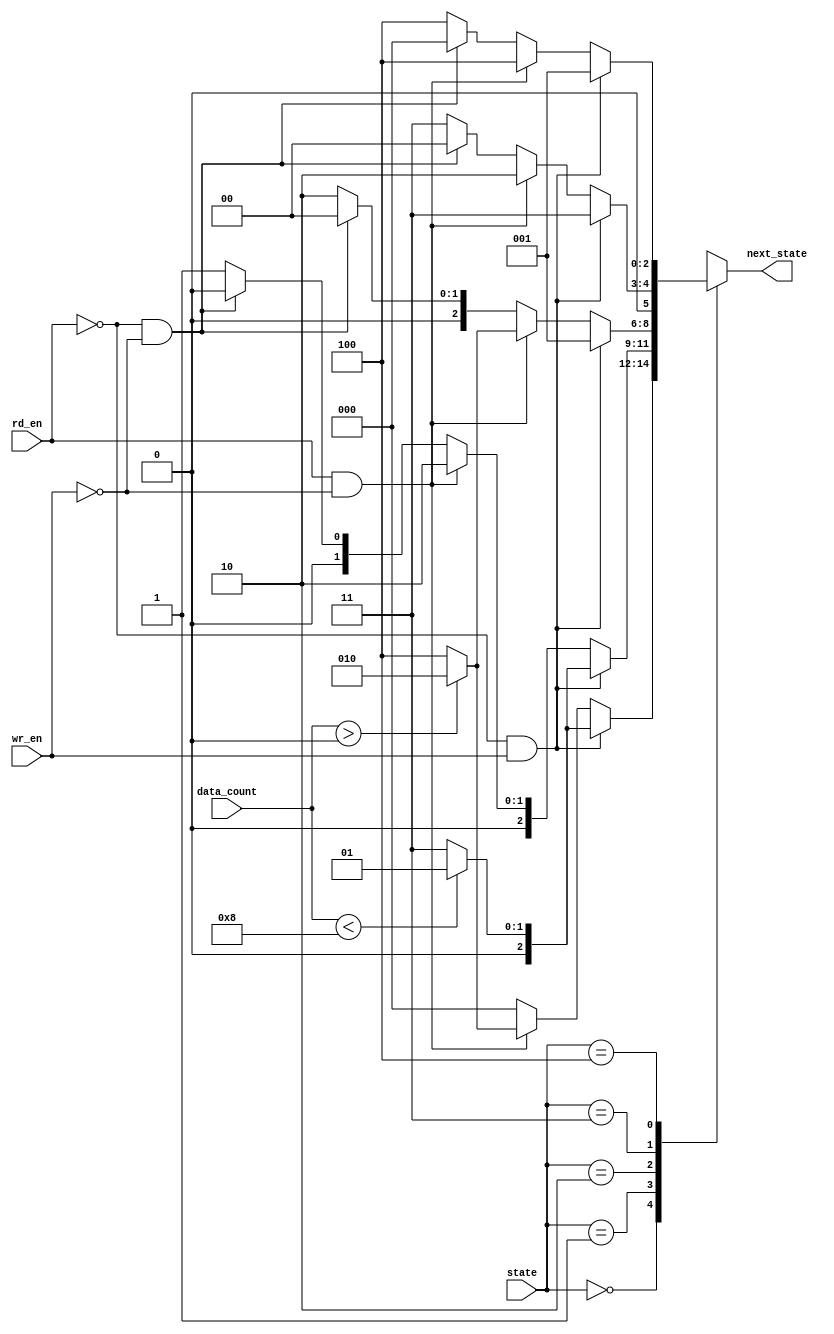
module fifo_in_ns(wr_en, rd_en, state, data_count, next_state);	//module of fifo_ns // this module next_state logic
	input wr_en, rd_en;				//input ports
	input[2:0] state;					
	input[3:0] data_count;
	output [2:0] next_state;		//output ports
	reg [2:0] next_state;
	
	parameter IDLE=3'b000;			//parameterize state values
	parameter WRITE=3'b001;
	parameter READ=3'b010;
	parameter WR_ERROR=3'b011;
	parameter RD_ERROR=3'b100;
	
	always@(wr_en, rd_en, state, data_count)	//whenever wr_en, rden, state, data_count are changed.
		case(state)										//as state value
		IDLE:begin										//when current state is INIT state
					if(rd_en==0 && wr_en==1)		//situation next_state is WRITE
						begin
							if(data_count<8)
								next_state<=WRITE;
							else
								next_state<=WR_ERROR;
						end
					else if(rd_en==1 && wr_en==0)	//situation next_state is RD_ERROR
						begin
							if(data_count>0)
								next_state<=READ;
							else
								next_state<=RD_ERROR;
						end				
					else
					next_state<=IDLE;					//situation next_state is INIT
				end
		
		WRITE:begin										//when current state is WRITE state
					if(rd_en==0 && wr_en==1)
						begin
							if(data_count<8)			//situation next_state is WRITE
								next_state<=WRITE;
							else							//situation next_state is FULL
								next_state<=WR_ERROR;
						end
					else if(rd_en==1 && wr_en==0)	
						next_state<=READ;
					else if(rd_en==0 && wr_en==0)									//situation next_state is WRITE
						next_state<=IDLE;
					else
						next_state<=WRITE;
				end
				
		READ:begin										//when current state is READ state
					if(rd_en==0 && wr_en==1)	
						next_state<=WRITE;
					else if(rd_en==1 && wr_en==0)
						begin
							if(data_count>0)			//situation next_state is READ
								next_state<=READ;
							else							//situation next_state is EMPTY	
								next_state<=RD_ERROR;
						end
					else if(rd_en==0 && wr_en==0)
						next_state<=IDLE;				//situation next_state is READ
					else
						next_state<=READ;
				end		

		WR_ERROR:begin									//when current state is WR_ERROR state
						if(rd_en==0 && wr_en==1)	//situation next_state is WR_ERROR
							next_state<=WR_ERROR;
						else if(rd_en==1 && wr_en==0)	//situation next_state is READ
							next_state<=READ;
						else if(rd_en==0 && wr_en==0)								////situation next_state is FULL
							next_state<=IDLE;
						else
							next_state<=WR_ERROR;
					end
		RD_ERROR:begin									//when current state is RD_ERROR state
						if(rd_en==0 && wr_en==1)	//situation next_state is WRITE
							next_state<=WRITE;
						else if(rd_en==1 && wr_en==0)//situation next_state is RD_ERROR
							next_state<=RD_ERROR;
						else if(rd_en==0 && wr_en==0)							 //situation next_state is EMPTY
							next_state<=IDLE;
						else
							next_state<=RD_ERROR;
					end
		default:next_state<=3'bxxx;				//default value : next_state = unknown value
		endcase
		
	
endmodule												//end module